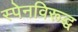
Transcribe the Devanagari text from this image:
स्पेनविरूद्ध